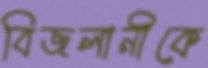
বিজলানীকে